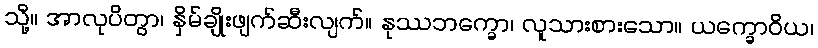
သို့။ အာလုပိတွာ၊ နှိမ်ချိုးဖျက်ဆီးလျက်။ နုဿဘက္ခော၊ လူသားစားသော။ ယက္ခောဝိယ၊